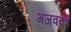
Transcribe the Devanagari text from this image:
गजवक्त्र